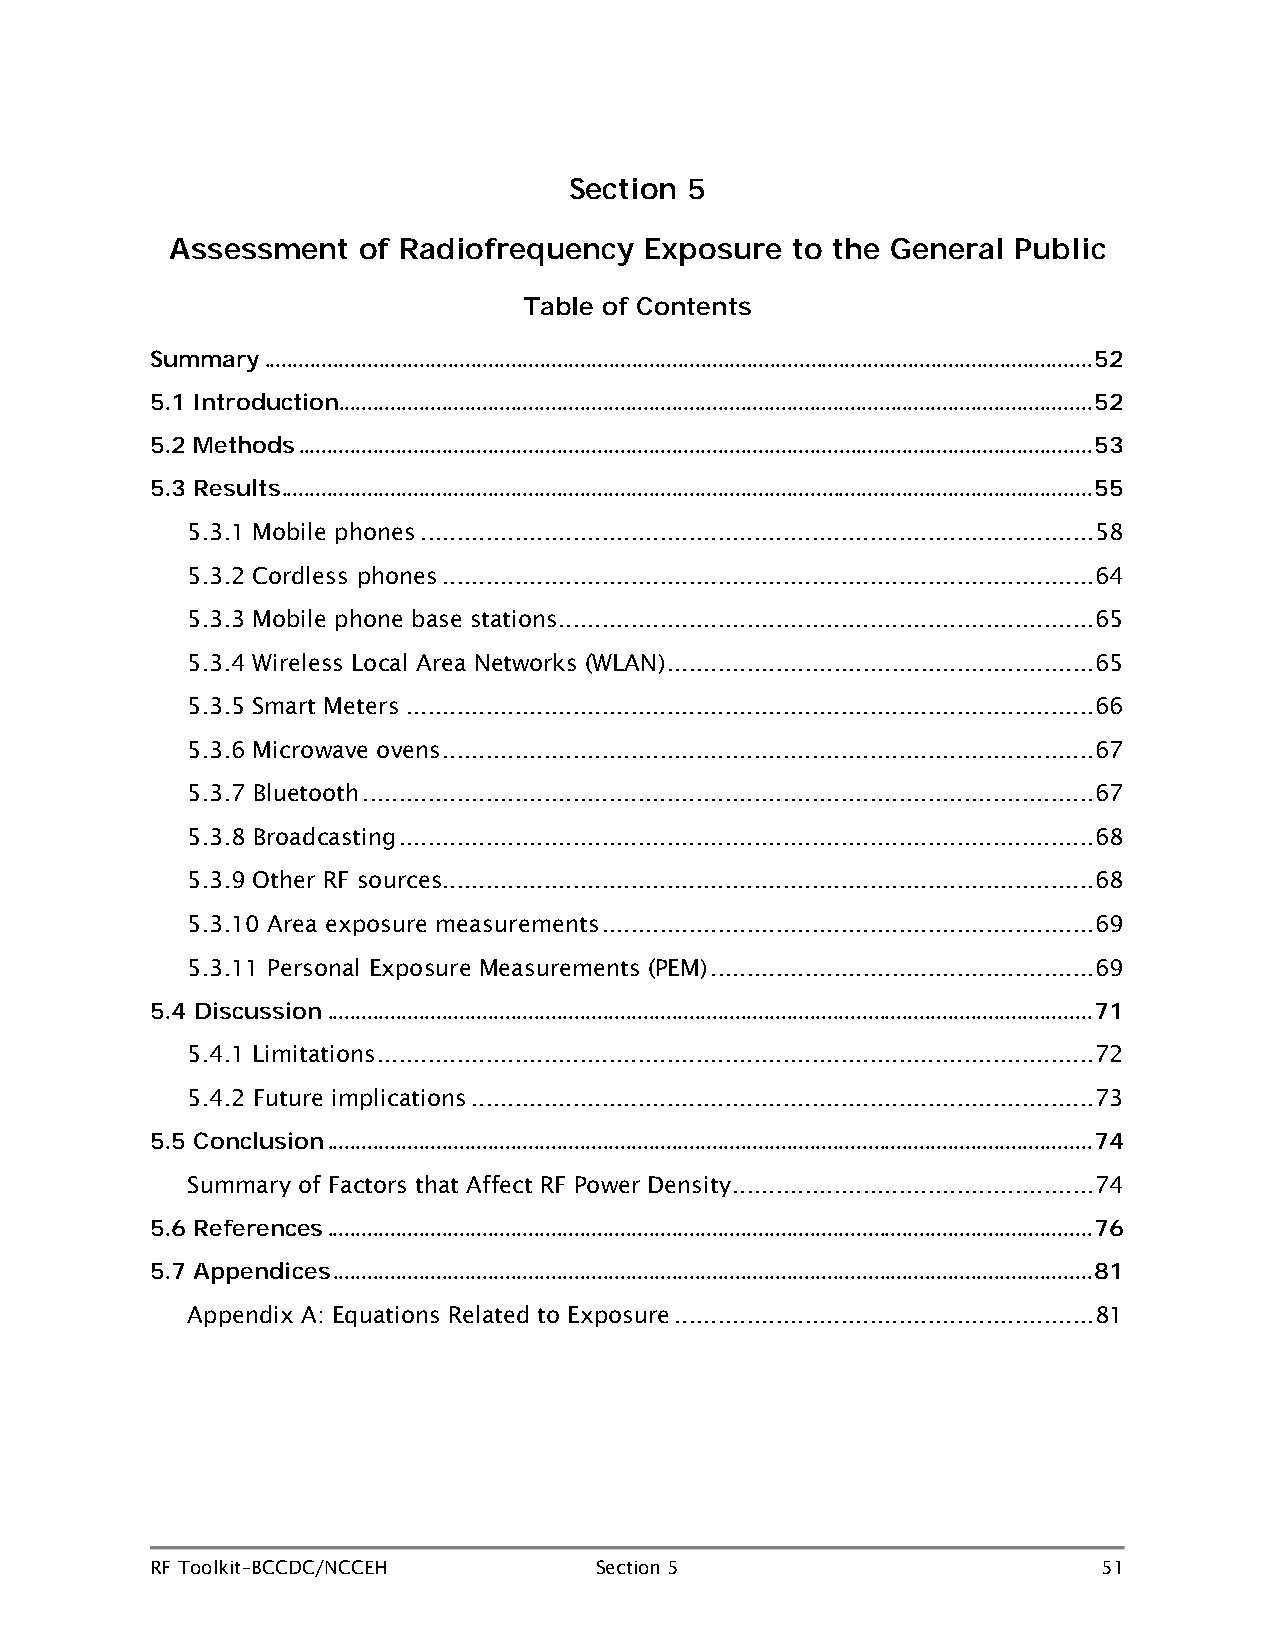
Section 5
 Assessment   of Radiofrequency  Exposure to the General Public
 Table of Contents
 Summary ................................................................................................................................................ 52
 5.1 Introduction................................................................................................................................... 52
 5.2 Methods .......................................................................................................................................... 53
 5.3 Results ............................................................................................................................................. 55
 5.3.1 Mobile phones ............................................................................................. 58
 5.3.2 Cordless phones .......................................................................................... 64
 5.3.3 Mobile phone base stations .......................................................................... 65
 5.3.4 Wireless Local Area Networks (WLAN) ........................................................... 65
 5.3.5 Smart Meters ............................................................................................... 66
 5.3.6 Microwave ovens .......................................................................................... 67
 5.3.7 Bluetooth ..................................................................................................... 67
 5.3.8 Broadcasting ................................................................................................ 68
 5.3.9 Other RF sources.......................................................................................... 68
 5.3.10 Area exposure measurements .................................................................... 69
 5.3.11 Personal Exposure Measurements (PEM) ..................................................... 69
 5.4 Discussion ..................................................................................................................................... 71
 5.4.1 Limitations ................................................................................................... 72
 5.4.2 Future implications ...................................................................................... 73
 5.5 Conclusion ..................................................................................................................................... 74
 Summary of Factors that Affect RF Power Density .................................................. 74
 5.6 References ..................................................................................................................................... 76
 5.7 Appendices .................................................................................................................................... 81
 Appendix A: Equations Related to Exposure .......................................................... 81
 RF Toolkit–BCCDC/NCCEH       Section 5                         51